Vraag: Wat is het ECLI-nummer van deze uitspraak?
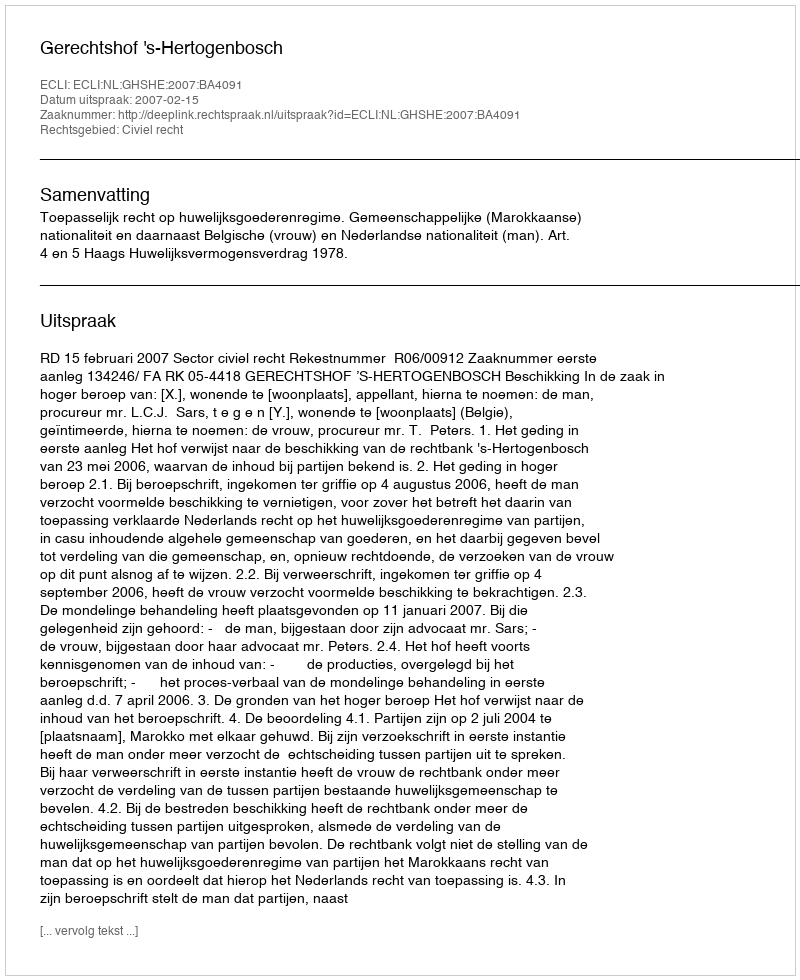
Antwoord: ECLI:NL:GHSHE:2007:BA4091